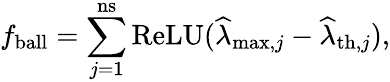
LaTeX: f_{\mathrm{ball}}=\sum_{j=1}^{\mathrm{ns}}\mathrm{ReLU}(\widehat{\lambda}_{\mathrm{max},j}-\widehat{\lambda}_{\mathrm{th},j}),